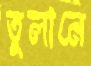
তুলানে